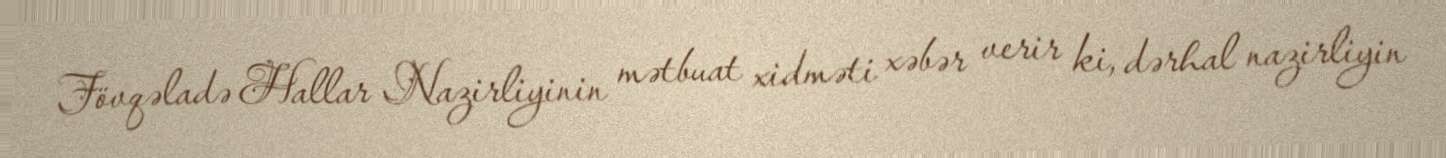
Fövqəladə Hallar Nazirliyinin mətbuat xidməti xəbər verir ki, dərhal nazirliyin